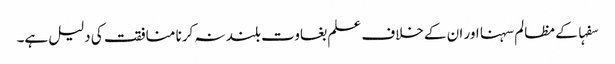
سفہا کے مظالم سہنا اور ان کے خلاف علم بغاوت بلند نہ کرنا منافقت کی دلیل ہے۔